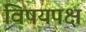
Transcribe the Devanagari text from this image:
विषयपक्ष